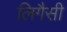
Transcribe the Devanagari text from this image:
लिगैसी